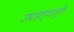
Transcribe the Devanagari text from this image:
उघडल्यामुळे